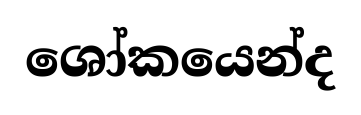
ශෝකයෙන්ද